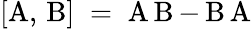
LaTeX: [\operatorname{A},\, \operatorname{B}]\; =\; \operatorname{A}\operatorname{B}-\operatorname{B}\operatorname{A}